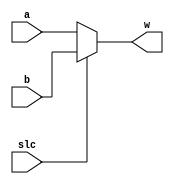
module Mux2to1_11bit(slc, a, b, w);
    parameter N = 11;
    
    input slc;
    input [N-1:0] a, b;

    output [N-1:0] w;
    
    assign w = ~slc ? a : b;

endmodule